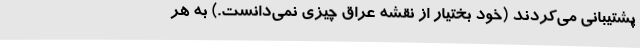
پشتیبانی می‌کردند (خود بختیار از نقشه عراق چیزی نمی‌دانست.) به هر